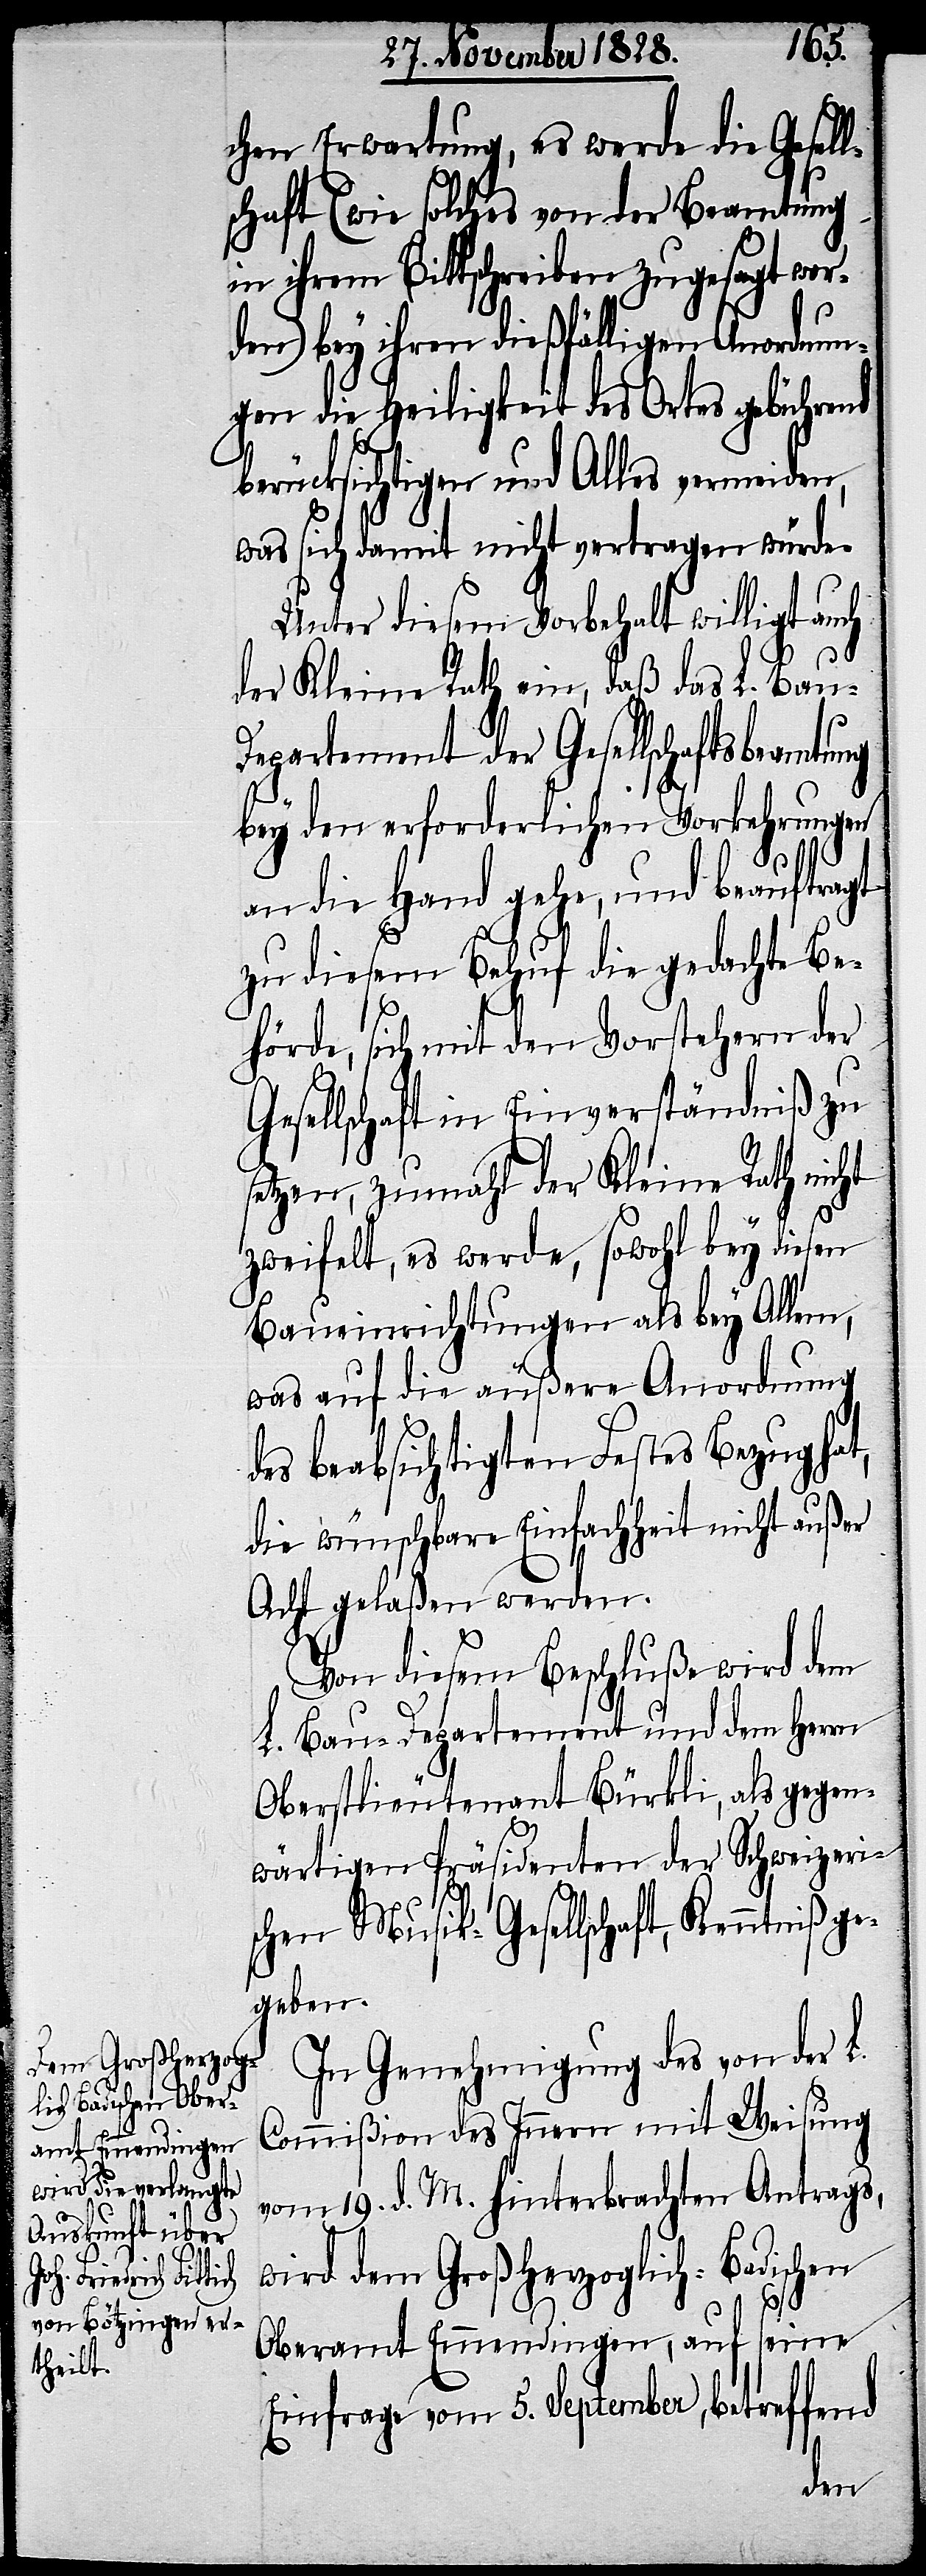
ng

chen Erwartung, es werde die Gesell¬
schaft (wie solches von der Beamtung
in ihrem Bittschreiben zugesagt wor¬
den) bey ihren dießfälligen Anordnun¬
gen die Heiligkeit des Ortes gebührend
berücksichtigen und Alles vermeiden,
was sich damit nicht vertragen würde.
Unter diesem Vorbehalt willigt auch
der Kleine Rath ein, daß das L. Bau-D¬
epartement der Gesellschaftsbeamtu¬
bey den erforderlichen Vorkehrungen
an die Hand gehe, und beauftragt
zu diesem Behuf die gedachte Be¬
hörde, sich mit den Vorstehern der
Gesellschaft in Einverständniß zu
setzen, zumahl der Kleine Rath nicht
zweifelt, es werde, sowohl bey diesen
Baueinrichtungen als bey Allem,
was auf die äußere Anordnung
des beabsichtigten Festes Bezug hat,
die wünschbare Einfachheit nicht außer
Acht gelaßen werden.
Von diesem Beschluße wird dem
L. Bau-Departement und dem Herrn
Oberstlieutenant Bürkli, als gegen¬
wärtigen Präsidenten der Schweizeri¬
schen Musik-Gesellschaft, Kenntniß ge¬
geben.
In Genehmigung des von der L.
Commißion des Innern mit Weisung
vom 19. d. M. hinterbrachten Antrags,
wird dem Großherzoglich–Badischen
Oberamt Emmendingen, auf seine
Einfrage vom 5. September, betreffend